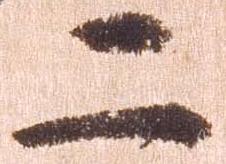
二